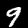
Digit: 9